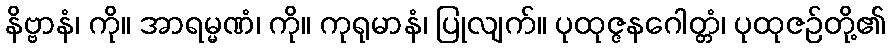
နိဗ္ဗာနံ၊ ကို။ အာရမ္မဏံ၊ ကို။ ကုရုမာနံ၊ ပြုလျက်။ ပုထုဇ္ဇနဂေါတ္တံ၊ ပုထုဇဉ်တို့၏